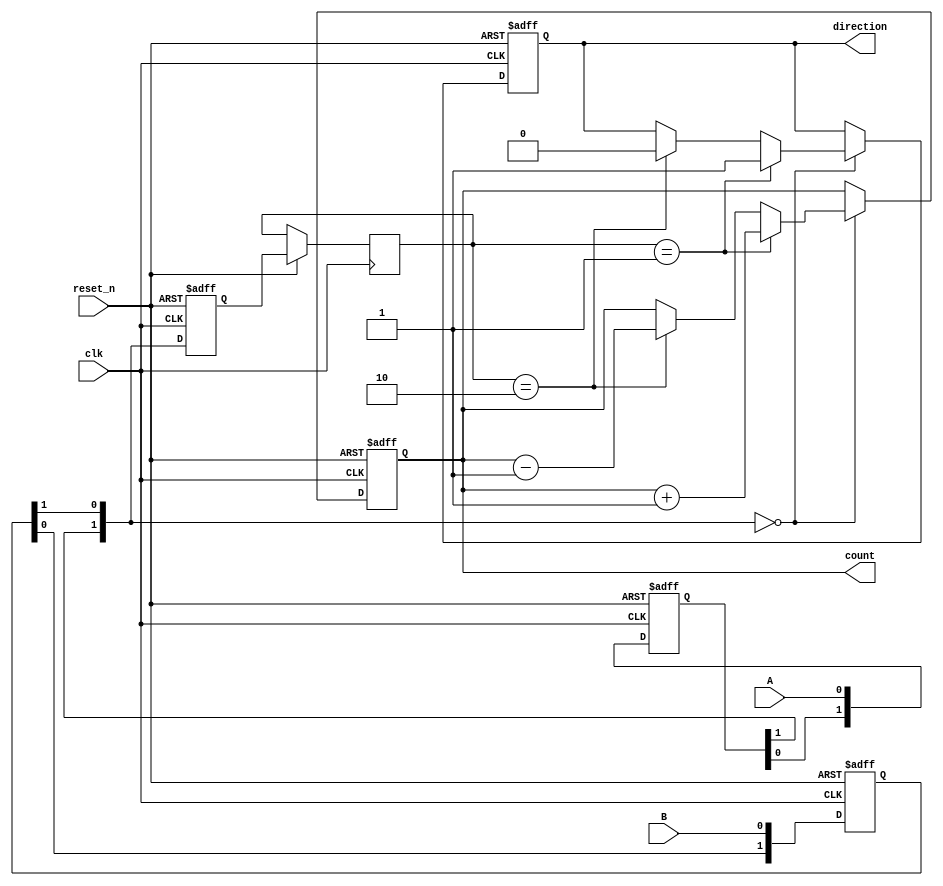
module rotary_encoder (
    input wire clk,             // System clock
    input wire reset_n,         // Active-low reset
    input wire A,               // Rotary encoder signal A
    input wire B,               // Rotary encoder signal B
    output reg direction,        // 1 for clockwise, 0 for counterclockwise
    output reg [7:0] count      // 8-bit counter for counting rotation
);

    reg [1:0] state;            // Current state
    reg [1:0] last_state;       // Previous state
    reg [1:0] debounced_A;      // Debounced A
    reg [1:0] debounced_B;      // Debounced B

    // Debounce logic (simple shift register; adjust size based on requirements)
    always @(posedge clk or negedge reset_n) begin
        if (!reset_n) begin
            debounced_A <= 2'b00;
            debounced_B <= 2'b00;
        end else begin
            debounced_A <= {debounced_A[0], A};
            debounced_B <= {debounced_B[0], B};
        end
    end

    // State transition based on debounced inputs
    always @(posedge clk or negedge reset_n) begin
        if (!reset_n) begin
            state <= 2'b00;   // Initial state
            count <= 8'b00000000; // Initial count
            direction <= 1'b0; // Default direction (can be set as needed)
        end else begin
            case ({debounced_A[1], debounced_B[1]})
                2'b00: begin
                    if (last_state == 2'b01) begin
                        direction <= 1'b1; // Clockwise
                        count <= count + 1;
                    end else if (last_state == 2'b10) begin
                        direction <= 1'b0; // Counterclockwise
                        count <= count - 1;
                    end
                end
                2'b01: ; // No action
                2'b10: ; // No action
                2'b11: ; // No action
            endcase

            last_state <= state; // Store the last state
            state <= {debounced_A[1], debounced_B[1]}; // Update current state
        end
    end

endmodule